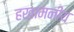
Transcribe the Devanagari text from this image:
हखामनीय